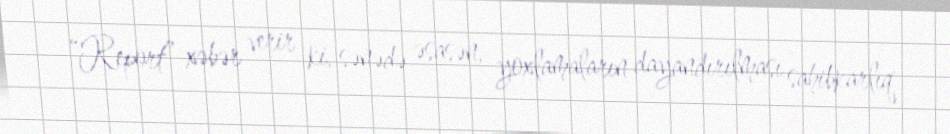
“Report” xəbər verir ki, sənədə əsasən, yoxlamaların dayandırılması sahibkarlıq